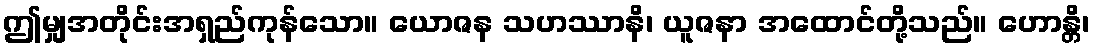
ဤမျှအတိုင်းအရှည်ကုန်သော။ ယောဇန သဟဿာနိ၊ ယူဇနာ အထောင်တို့သည်။ ဟောန္တိ၊